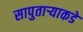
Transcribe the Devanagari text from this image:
सापुताऱ्याकडे